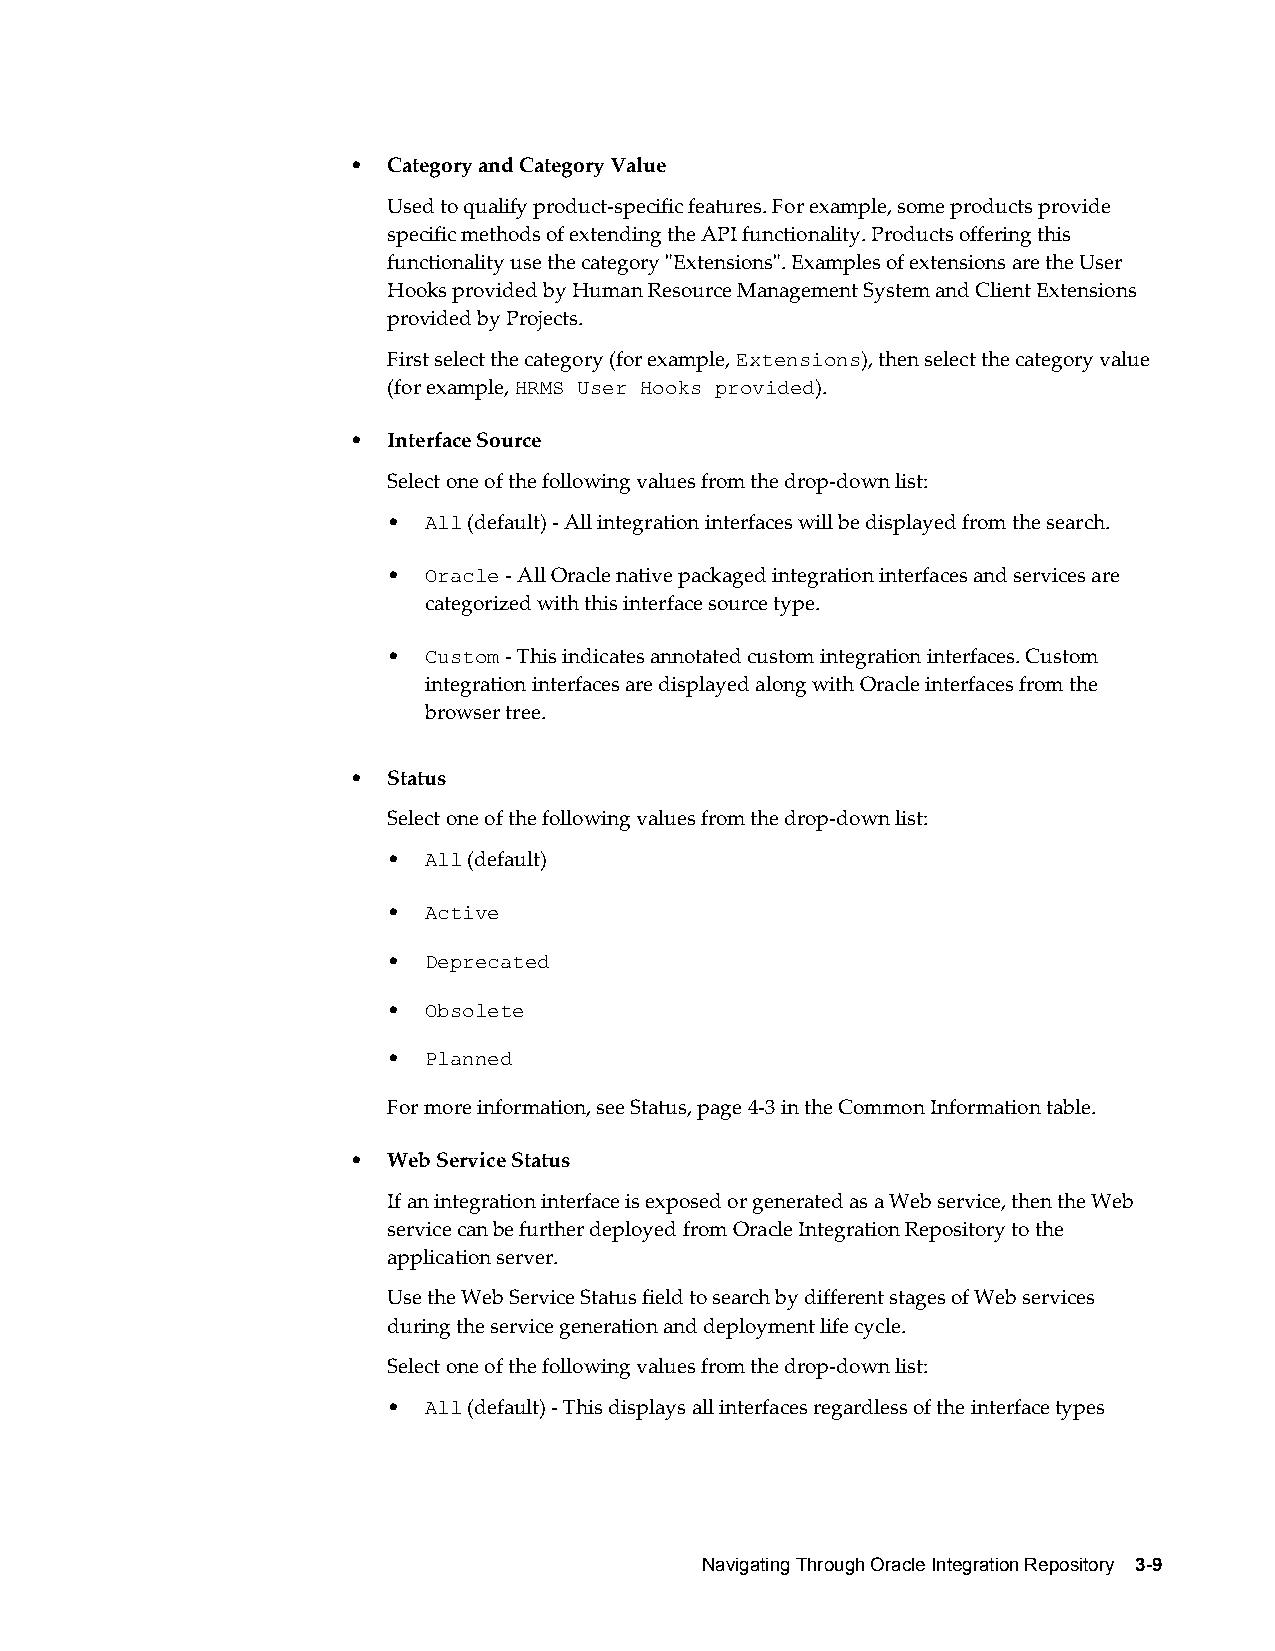
•  Category and Category Value
 Used to qualify product-specific features. For example, some products provide
 specific methods of extending the API functionality. Products offering this
 functionality use the category "Extensions". Examples of extensions are the User
 Hooks provided by Human Resource Management System and Client Extensions
 provided by Projects.
 First select the category (for example, Extensions), then select the category value
 (for example, HRMS User Hooks provided).
 •  Interface Source
 Select one of the following values from the drop-down list:
 • All (default) - All integration interfaces will be displayed from the search.
 • Oracle - All Oracle native packaged integration interfaces and services are
 categorized with this interface source type.
 • Custom - This indicates annotated custom integration interfaces. Custom
 integration interfaces are displayed along with Oracle interfaces from the
 browser tree.
 •  Status
 Select one of the following values from the drop-down list:
 • All (default)
 • Active
 • Deprecated
 • Obsolete
 • Planned
 For more information, see Status, page 4-3 in the Common Information table.
 •  Web Service Status
 If an integration interface is exposed or generated as a Web service, then the Web
 service can be further deployed from Oracle Integration Repository to the
 application server.
 Use the Web Service Status field to search by different stages of Web services
 during the service generation and deployment life cycle.
 Select one of the following values from the drop-down list:
 • All (default) - This displays all interfaces regardless of the interface types
 Navigating Through Oracle Integration Repository 3-9